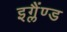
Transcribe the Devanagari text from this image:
इग्लैंण्ड